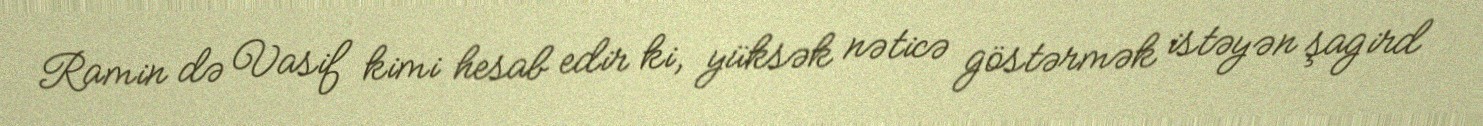
Ramin də Vasif kimi hesab edir ki, yüksək nəticə göstərmək istəyən şagird